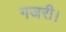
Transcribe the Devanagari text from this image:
गजरी।